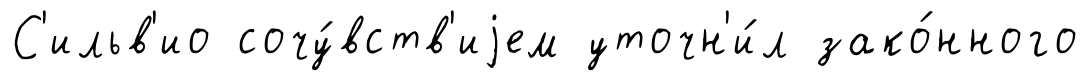
С'ильв'ио сочу́вств'иjем уточн'и́л зако́нного